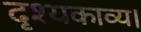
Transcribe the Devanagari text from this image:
दृश्यकाव्य।